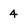
Character: 4